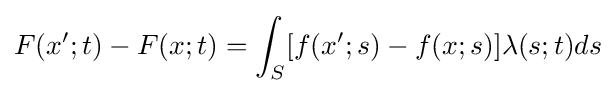
F(x';t)-F(x;t)=\int _{S}[f(x';s)-f(x;s)]\lambda (s;t)ds